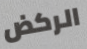
الركض